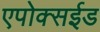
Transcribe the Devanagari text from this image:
एपोक्सईड